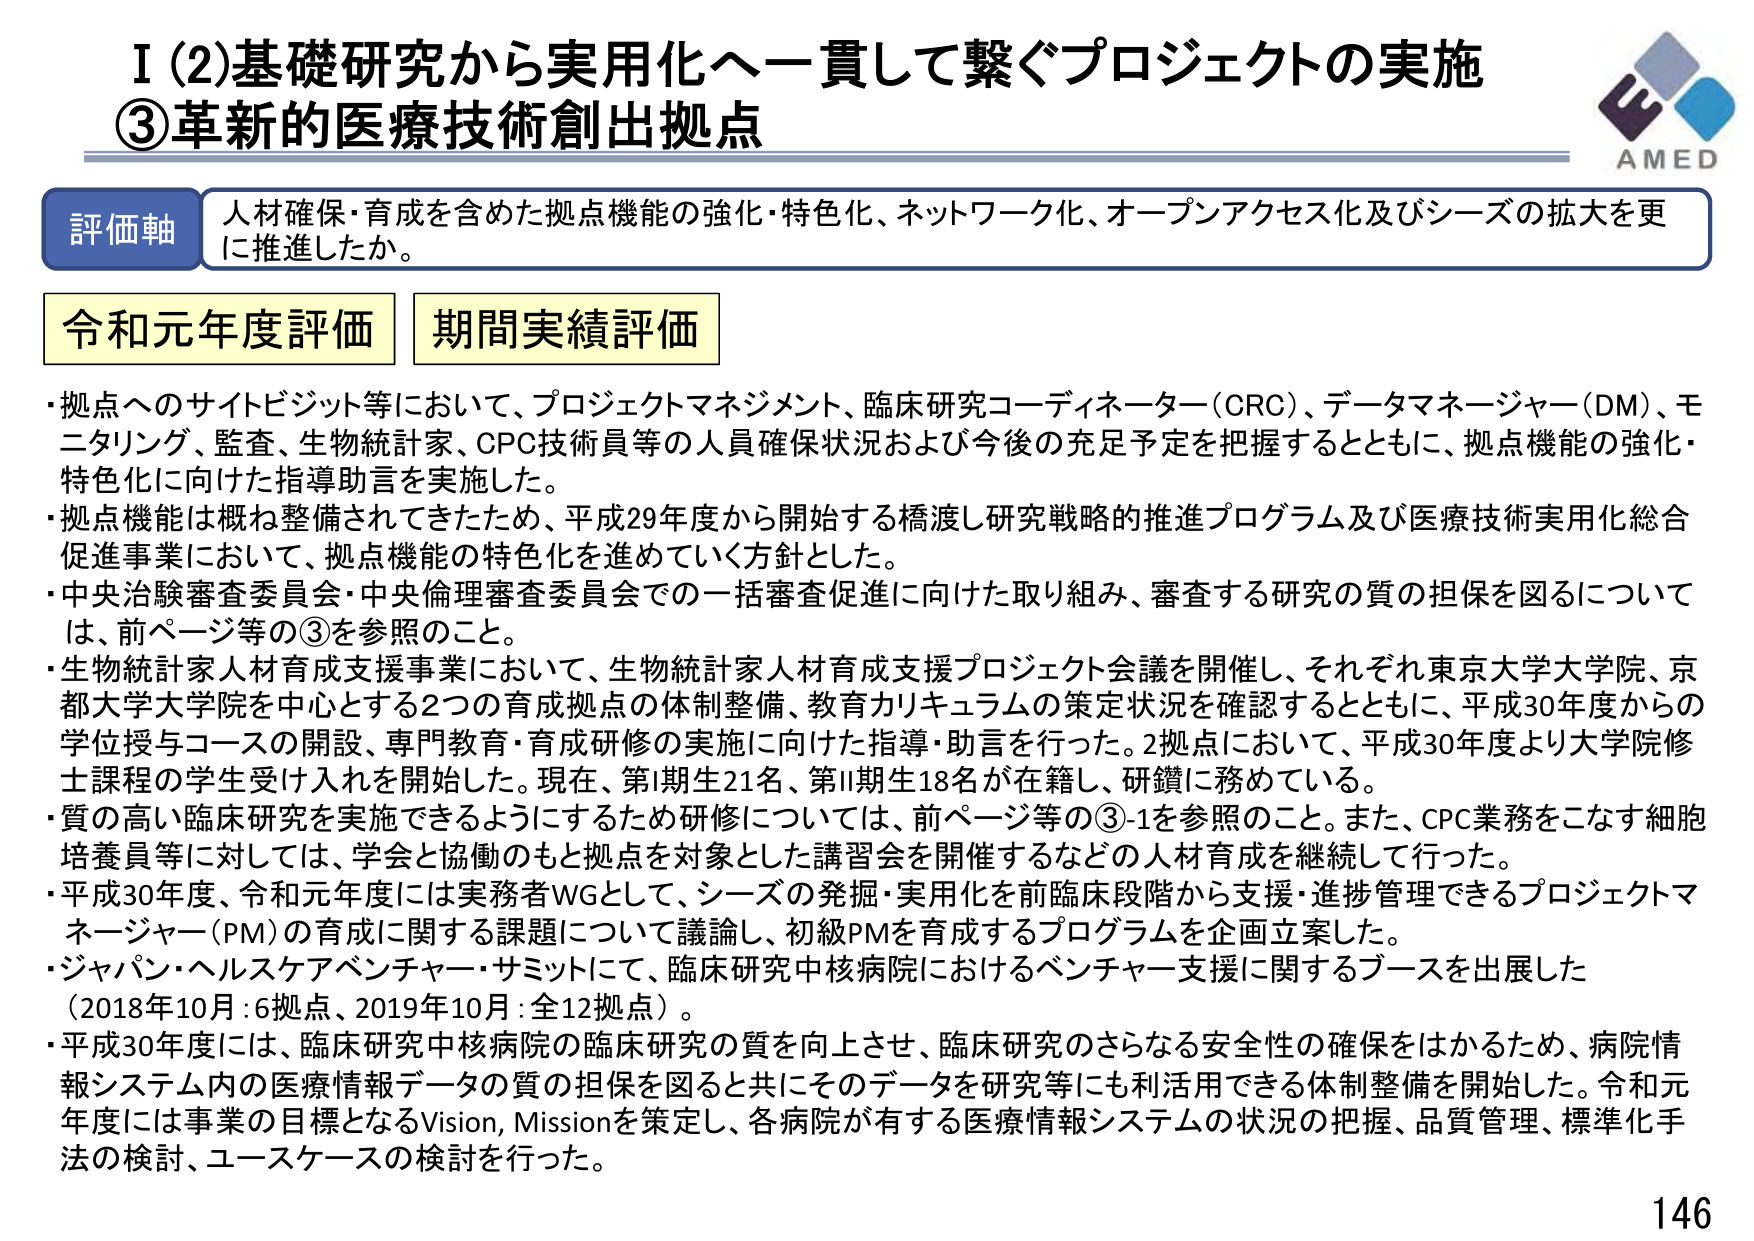
I (2) 基礎研究から実用化へ一貫して繋ぐプロジェクトの実施
③ 革新的医療技術創出拠点

評価軸
人材確保・育成を含めた拠点機能の強化・特色化、ネットワーク化、オープンアクセス化及びシーズの拡大を更に推進したか。

令和元年度評価　期間実績評価

・拠点へのサイトビジット等において、プロジェクトマネジメント、臨床研究コーディネーター（CRC）、データマネージャー（DM）、モニタリング、監査、生物統計家、CPC技術員等の人員確保状況および今後の充足予定を把握するとともに、拠点機能の強化・特色化に向けた指導助言を実施した。
・拠点機能は概ね整備されてきたため、平成29年度から開始する橋渡し研究戦略的推進プログラム及び医療技術実用化総合促進事業において、拠点機能の特色化を進めていく方針とした。
・中央治験審査委員会・中央倫理審査委員会での一括審査促進に向けた取り組み、審査する研究の質の担保を図るについては、前ページ等の③を参照のこと。
・生物統計家人材育成支援事業において、生物統計家人材育成支援プロジェクト会議を開催し、それぞれ東京大学大学院、京都大学大学院を中心とする2つの育成拠点の体制整備、教育カリキュラムの策定状況を確認するとともに、平成30年度からの学位授与コースの開設、専門教育・育成研修の実施に向けた指導・助言を行った。2拠点において、平成30年度より大学院修士課程の学生受け入れを開始した。現在、第I期生21名、第II期生18名が在籍し、研鑽に務めている。
・質の高い臨床研究を実施できるようにするため研修については、前ページ等の③-1を参照のこと。また、CPC業務をこなす細胞培養員等に対しては、学会と協働のもと拠点を対象とした講習会を開催するなどの人材育成を継続して行った。
・平成30年度、令和元年度には実務者WGとして、シーズの発掘・実用化を前臨床段階から支援・進捗管理できるプロジェクトマネージャー（PM）の育成に関する課題について議論し、初級PMを育成するプログラムを企画立案した。
・ジャパン・ヘルスケアベンチャー・サミットにて、臨床研究中核病院におけるベンチャー支援に関するブースを出展した（2018年10月：6拠点、2019年10月：全12拠点）。
・平成30年度には、臨床研究中核病院の臨床研究の質を向上させ、臨床研究のさらなる安全性の確保をはかるため、病院情報システム内の医療情報データの質の担保を図ると共にそのデータを研究等にも利活用できる体制整備を開始した。令和元年度には事業の目標となるVision, Missionを策定し、各病院が有する医療情報システムの状況の把握、品質管理、標準化手法の検討、ユースケースの検討を行った。

AMED
146